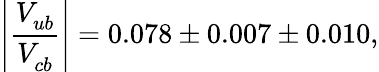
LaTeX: \left\vert{\frac{V_{ub}^{\phantom{*}}}{V_{cb}^{\phantom{*}}}}\right\vert=0.078\pm 0.007\pm 0.010,